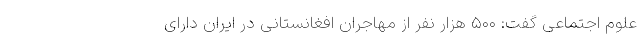
علوم اجتماعی گفت: ۵۰۰ هزار نفر از مهاجران افغانستانی در ایران دارای